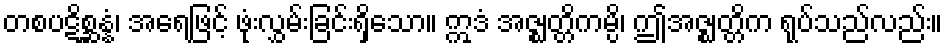
တစပဋိစ္ဆန္နံ၊ အရေဖြင့် ဖုံးလွှမ်းခြင်းရှိသော။ ဣဒံ အဇ္ဈတ္တိကမ္ပိ၊ ဤအဇ္ဈတ္တိက ရုပ်သည်လည်း။